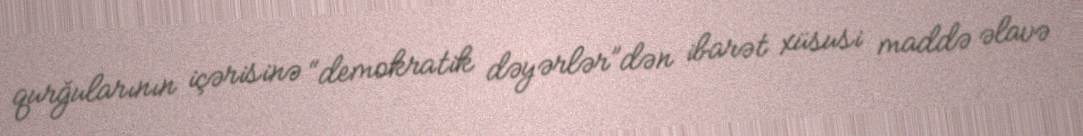
qurğularının içərisinə “demokratik dəyərlər”dən ibarət xüsusi maddə əlavə